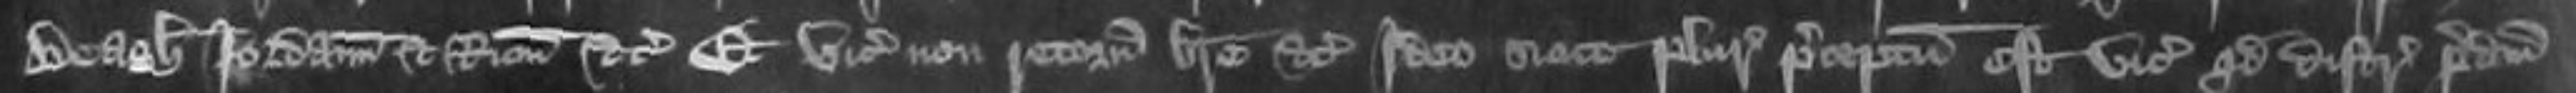
Beagh Jordamus et Bron etc et vicecomes non retornavit breve etc Ideo sicut plures preceptum est vicecomes quod distringet predictum